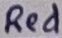
Text: Red